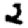
Digit: 2